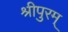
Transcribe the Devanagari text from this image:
श्रीपुरम्